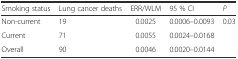
| Smoking status | Lung cancer deaths | ERR/WLM | 95 % CI | P |
 | --- | --- | --- | --- | --- |
 | Non-current | 19 | 0.0025 | 0.0006–0.0093 | <ROWSPAN=3> 0.03 |
 | Current | 71 | 0.0055 | 0.0024–0.0168 |
 | Overall | 90 | 0.0046 | 0.0020–0.0144 |